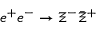
e ^ { + } e ^ { - } \to \Xi ^ { - } \bar { \Xi } ^ { + }